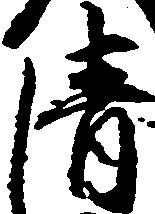
清